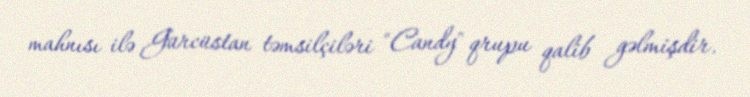
mahnısı ilə Gürcüstan təmsilçiləri "Candy" qrupu qalib gəlmişdir.